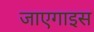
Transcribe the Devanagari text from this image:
जाएगाइस